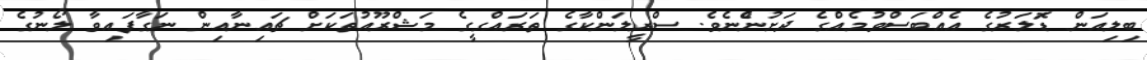
ބިލިއަން ޑޮަލަރުގެ އެއްބަސްވުމެއްގެ ދަށުންެނެވެ. ސްރީލަންކާގެ ތަރައްގީގެ މަޝްރޫއުތަކަށް ޗައިނާއިން ނަގާފައިވާ ލޯނުގެ